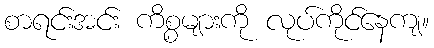
စာရင်းအင်း ကိစ္စများကို လုပ်ကိုင်နေကျ။